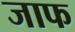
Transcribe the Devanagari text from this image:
जाफ